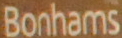
Bonhams